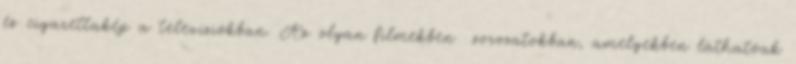
és cigarettakép a televíziókban. Az olyan filmekben sorozatokban, amelyekben láthatóak